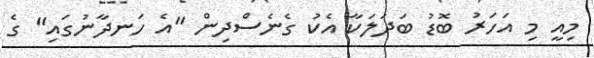
މިއީ މި އަހަރު ބޮޑު ބަދަލަކާ އެކު ގެނެސްދިން "އެ ހަނދާނުގައި" ގެ